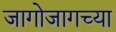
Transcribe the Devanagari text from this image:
जागोजागच्या